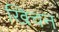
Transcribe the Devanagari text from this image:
खिचन